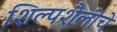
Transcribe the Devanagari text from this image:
शिल्पशैलीचे